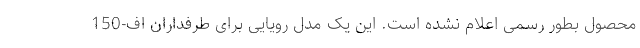
محصول بطور رسمی اعلام نشده است. این یک مدل رویایی برای طرفداران اف-150